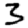
Digit: 3